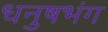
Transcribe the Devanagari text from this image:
धनुषभंग